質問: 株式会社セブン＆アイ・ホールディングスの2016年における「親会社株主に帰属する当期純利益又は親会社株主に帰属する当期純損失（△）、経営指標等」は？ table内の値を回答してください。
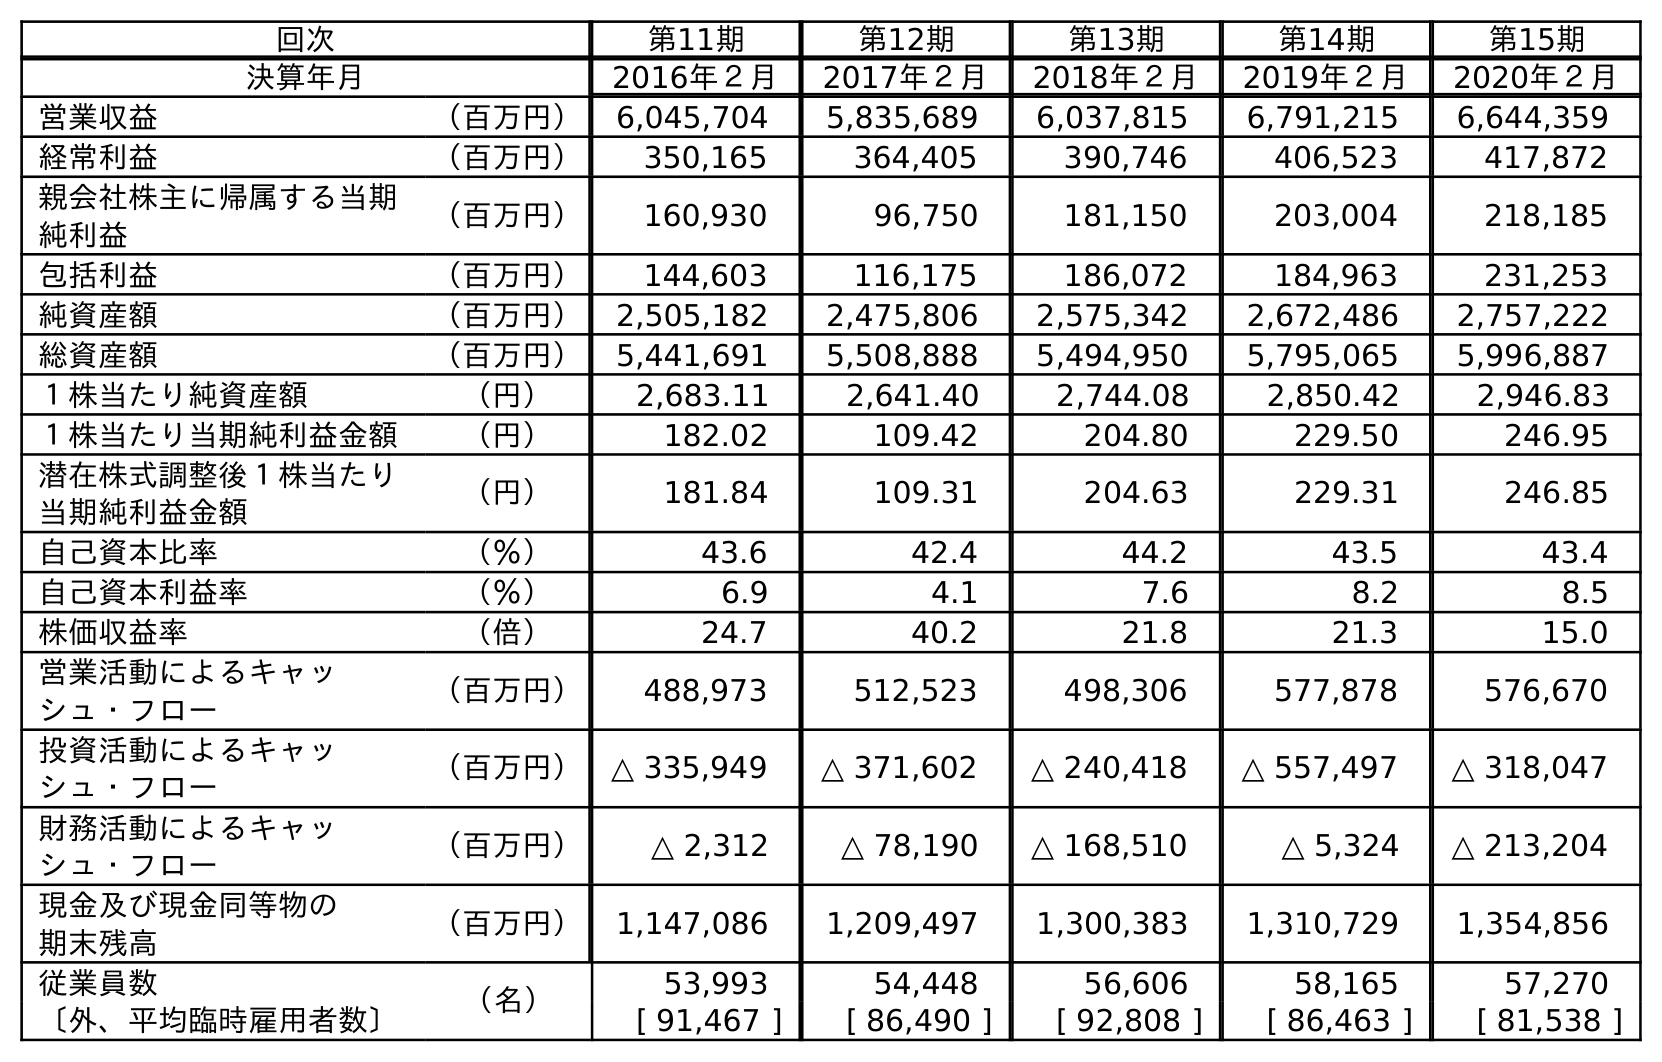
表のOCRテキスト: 回次 第11期 第12期 第13期 第14期 第15期 決算年月 2016年２月 2017年２月 2018年２月 2019年２月 2020年２月 営業収益 （百万円） 6,045,704 5,835,689 6,037,815 6,791,215 6,644,359 経常利益 （百万円） 350,165 364,405 390,746 406,523 417,872 親会社株主に帰属する当期 純利益 （百万円） 160,930 96,750 181,150 203,004 218,185 包括利益 （百万円） 144,603 116,175 186,072 184,963 231,253 純資産額 （百万円） 2,505,182 2,475,806 2,575,342 2,672,486 2,757,222 総資産額 （百万円） 5,441,691 5,508,888 5,494,950 5,795,065 5,996,887 １株当たり純資産額 （円） 2,683.11 2,641.40 2,744.08 2,850.42 2,946.83 １株当たり当期純利益金額 （円） 182.02 109.42 204.80 229.50 246.95 潜在株式調整後１株当たり 当期純利益金額 （円） 181.84 109.31 204.63 229.31 246.85 自己資本比率 （％） 43.6 42.4 44.2 43.5 43.4 自己資本利益率 （％） 6.9 4.1 7.6 8.2 8.5 株価収益率 （倍） 24.7 40.2 21.8 21.3 15.0 営業活動によるキャッ シュ・フロー （百万円） 488,973 512,523 498,306 577,878 576,670 投資活動によるキャッ シュ・フロー （百万円） △ 335,949 △ 371,602 △ 240,418 △ 557,497 △ 318,047 財務活動によるキャッ シュ・フロー （百万円） △ 2,312 △ 78,190 △ 168,510 △ 5,324 △ 213,204 現金及び現金同等物の 期末残高 （百万円） 1,147,086 1,209,497 1,300,383 1,310,729 1,354,856 従業員数 （名） 53,993 54,448 56,606 58,165 57,270 〔外、平均臨時雇用者数〕 [ 91,467 ] [ 86,490 ] [ 92,808 ] [ 86,463 ] [ 81,538 ]
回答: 160,930